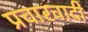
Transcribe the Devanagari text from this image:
प्रचारवादी